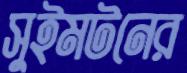
সুইমটনের